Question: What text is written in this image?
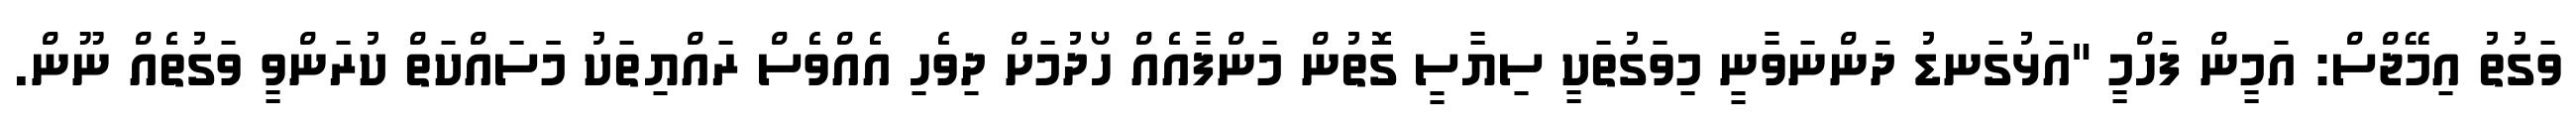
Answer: ވަގުތު އިމޭޖްސް: އަމީން ފަހްމީ "އަޅުގަނޑު ދަންނަވާނީ މިވަގުތަކީ ސިޔާސީ ގޮތުން މަންފާއެއް ހޯދުމަށް ދިވެހި އެއްވެސް ރައްޔިތަކު މަަސައްކަތް ކުރަންވީ ވަގުތެއް ނޫން.